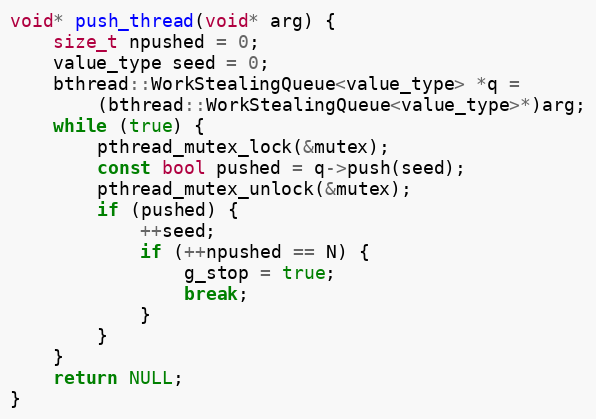
Language: C++
void* push_thread(void* arg) {
    size_t npushed = 0;
    value_type seed = 0;
    bthread::WorkStealingQueue<value_type> *q =
        (bthread::WorkStealingQueue<value_type>*)arg;
    while (true) {
        pthread_mutex_lock(&mutex);
        const bool pushed = q->push(seed);
        pthread_mutex_unlock(&mutex);
        if (pushed) {
            ++seed;
            if (++npushed == N) {
                g_stop = true;
                break;
            }
        }
    }
    return NULL;
}